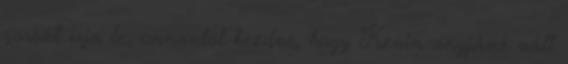
sorsát írja le, onnantól kezdve, hogy Kevin anyjává vált